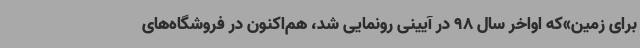
برای زمین»که اواخر سال 98 در آیینی رونمایی شد، هم‌اکنون در فروشگاه‌های